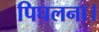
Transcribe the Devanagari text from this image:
पिघलना।